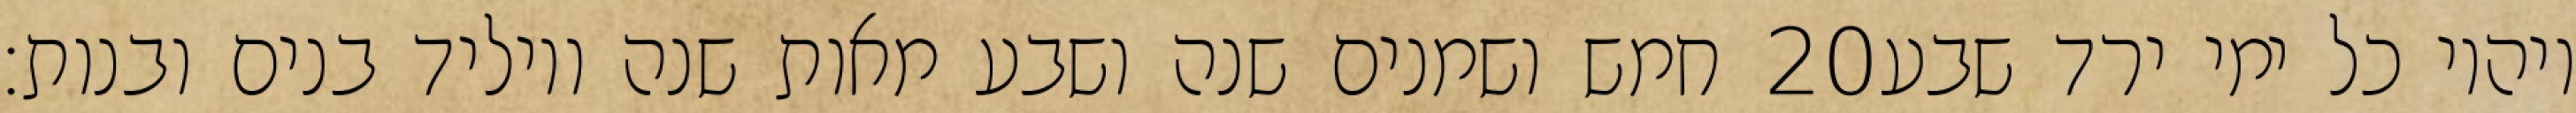
חמש ושמנים שנה ושבע מאות שנה ויוליד בנים ובנות׃ ‎20‏ ויהיו כל ימי ירד שבע